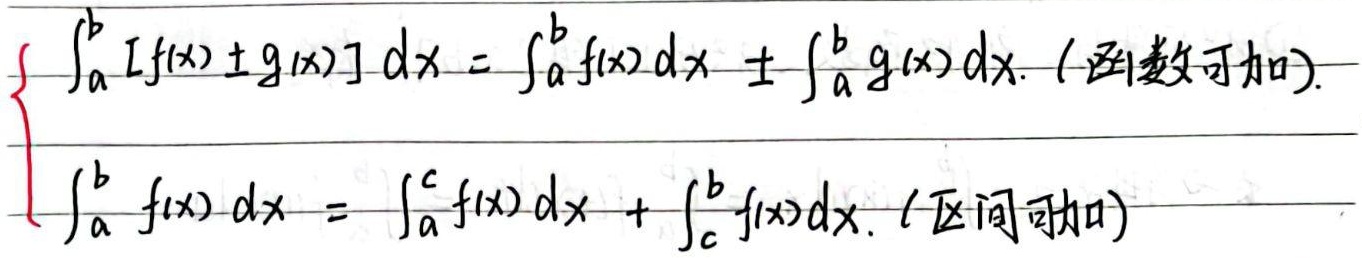
\[\left\{\begin{array}{l}\int_{a}^{b} [f(x) \pm g(x)] \mathrm{d}x = \int_{a}^{b} f(x)\mathrm{d}x \pm \int_{a}^{b} g(x)\mathrm{d}x. \text{（函数可加）}\\\int_{a}^{b} f(x)\mathrm{d}x = \int_{a}^{c} f(x)\mathrm{d}x + \int_{c}^{b} f(x)\mathrm{d}x. \text{（区间可加）}\end{array}\right.\]